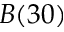
B ( 3 0 )